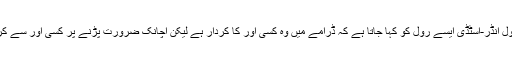
انہی کے بقول انڈر-اسٹڈی ایسے رول کو کہا جاتا ہے کہ ڈرامے میں وہ کسی اور کا کردار ہے لیکن اچانک ضرورت پڑنے پر کسی اور سے کروایا جائے۔